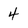
Character: 4